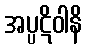
အပ္ပဋိဝါနိ